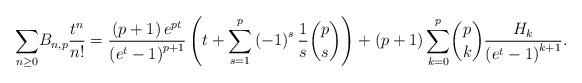
LaTeX: \begin{align*}{\displaystyle\sum\limits_{n\geq0}}B_{n,p}\frac{t^{n}}{n!}=\frac{\left( p+1\right) e^{pt}}{\left(e^{t}-1\right) ^{p+1}}\left( t+{\displaystyle\sum\limits_{s=1}^{p}}\left( -1\right) ^{s}\frac{1}{s}\dbinom{p}{s}\right) +\left(p+1\right){\displaystyle\sum\limits_{k=0}^{p}}\dbinom{p}{k}\frac{H_{k}}{\left( e^{t}-1\right) ^{k+1}}.\end{align*}